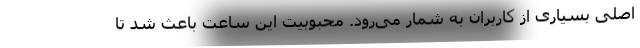
اصلی بسیاری از کاربران به شمار می‌رود. محبوبیت این ساعت باعث شد تا